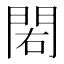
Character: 𨳾